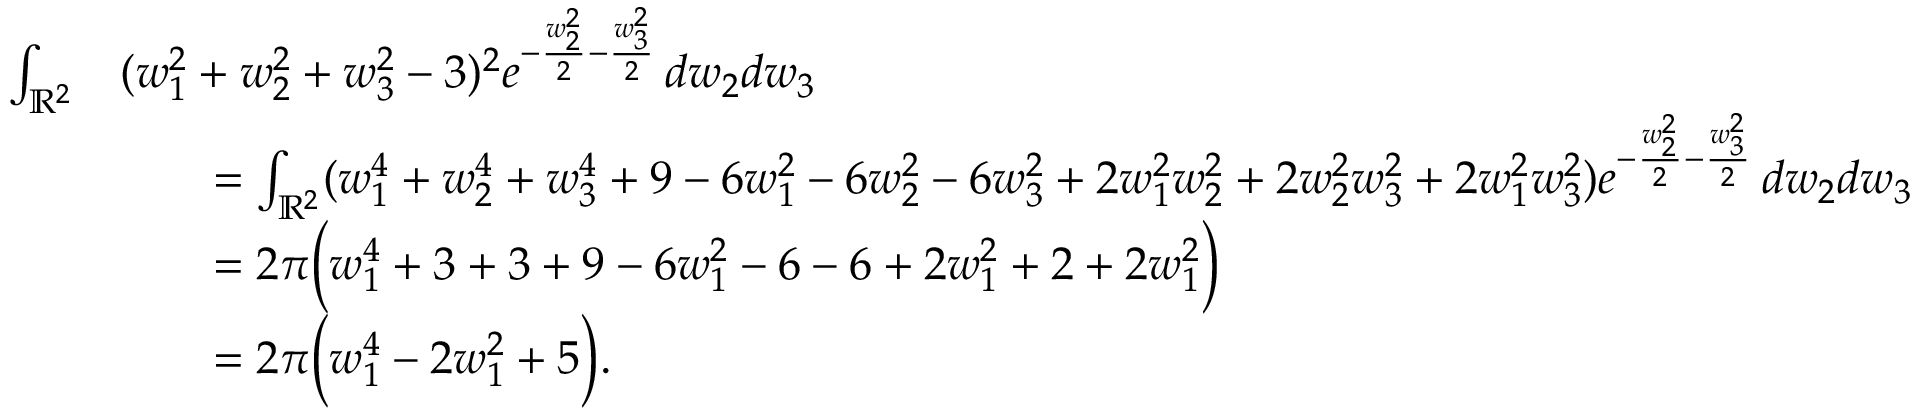
\begin{array} { r l } { \int _ { \mathbb { R } ^ { 2 } } } & { ( w _ { 1 } ^ { 2 } + w _ { 2 } ^ { 2 } + w _ { 3 } ^ { 2 } - 3 ) ^ { 2 } e ^ { - \frac { w _ { 2 } ^ { 2 } } { 2 } - \frac { w _ { 3 } ^ { 2 } } { 2 } } \, d w _ { 2 } d w _ { 3 } } \\ & { \qquad = \int _ { \mathbb { R } ^ { 2 } } ( w _ { 1 } ^ { 4 } + w _ { 2 } ^ { 4 } + w _ { 3 } ^ { 4 } + 9 - 6 w _ { 1 } ^ { 2 } - 6 w _ { 2 } ^ { 2 } - 6 w _ { 3 } ^ { 2 } + 2 w _ { 1 } ^ { 2 } w _ { 2 } ^ { 2 } + 2 w _ { 2 } ^ { 2 } w _ { 3 } ^ { 2 } + 2 w _ { 1 } ^ { 2 } w _ { 3 } ^ { 2 } ) e ^ { - \frac { w _ { 2 } ^ { 2 } } { 2 } - \frac { w _ { 3 } ^ { 2 } } { 2 } } \, d w _ { 2 } d w _ { 3 } } \\ & { \qquad = 2 \pi \Big ( w _ { 1 } ^ { 4 } + 3 + 3 + 9 - 6 w _ { 1 } ^ { 2 } - 6 - 6 + 2 w _ { 1 } ^ { 2 } + 2 + 2 w _ { 1 } ^ { 2 } \Big ) } \\ & { \qquad = 2 \pi \Big ( w _ { 1 } ^ { 4 } - 2 w _ { 1 } ^ { 2 } + 5 \Big ) . } \end{array}